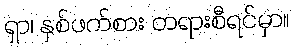
ရှာ၊ နှစ်ဖက်စား တရားစီရင်မှာ။